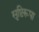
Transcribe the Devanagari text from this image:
सृष्टिरूपा